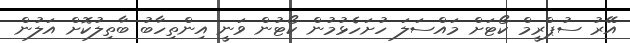
އޭރު ސުޕްރީމް ކޯޓަށް މައްސަލަ ހުށަހެޅުމުން ކޯޓުން ވަނީ އިންތިހާބު ބާތިލުކޮށް އަލުން